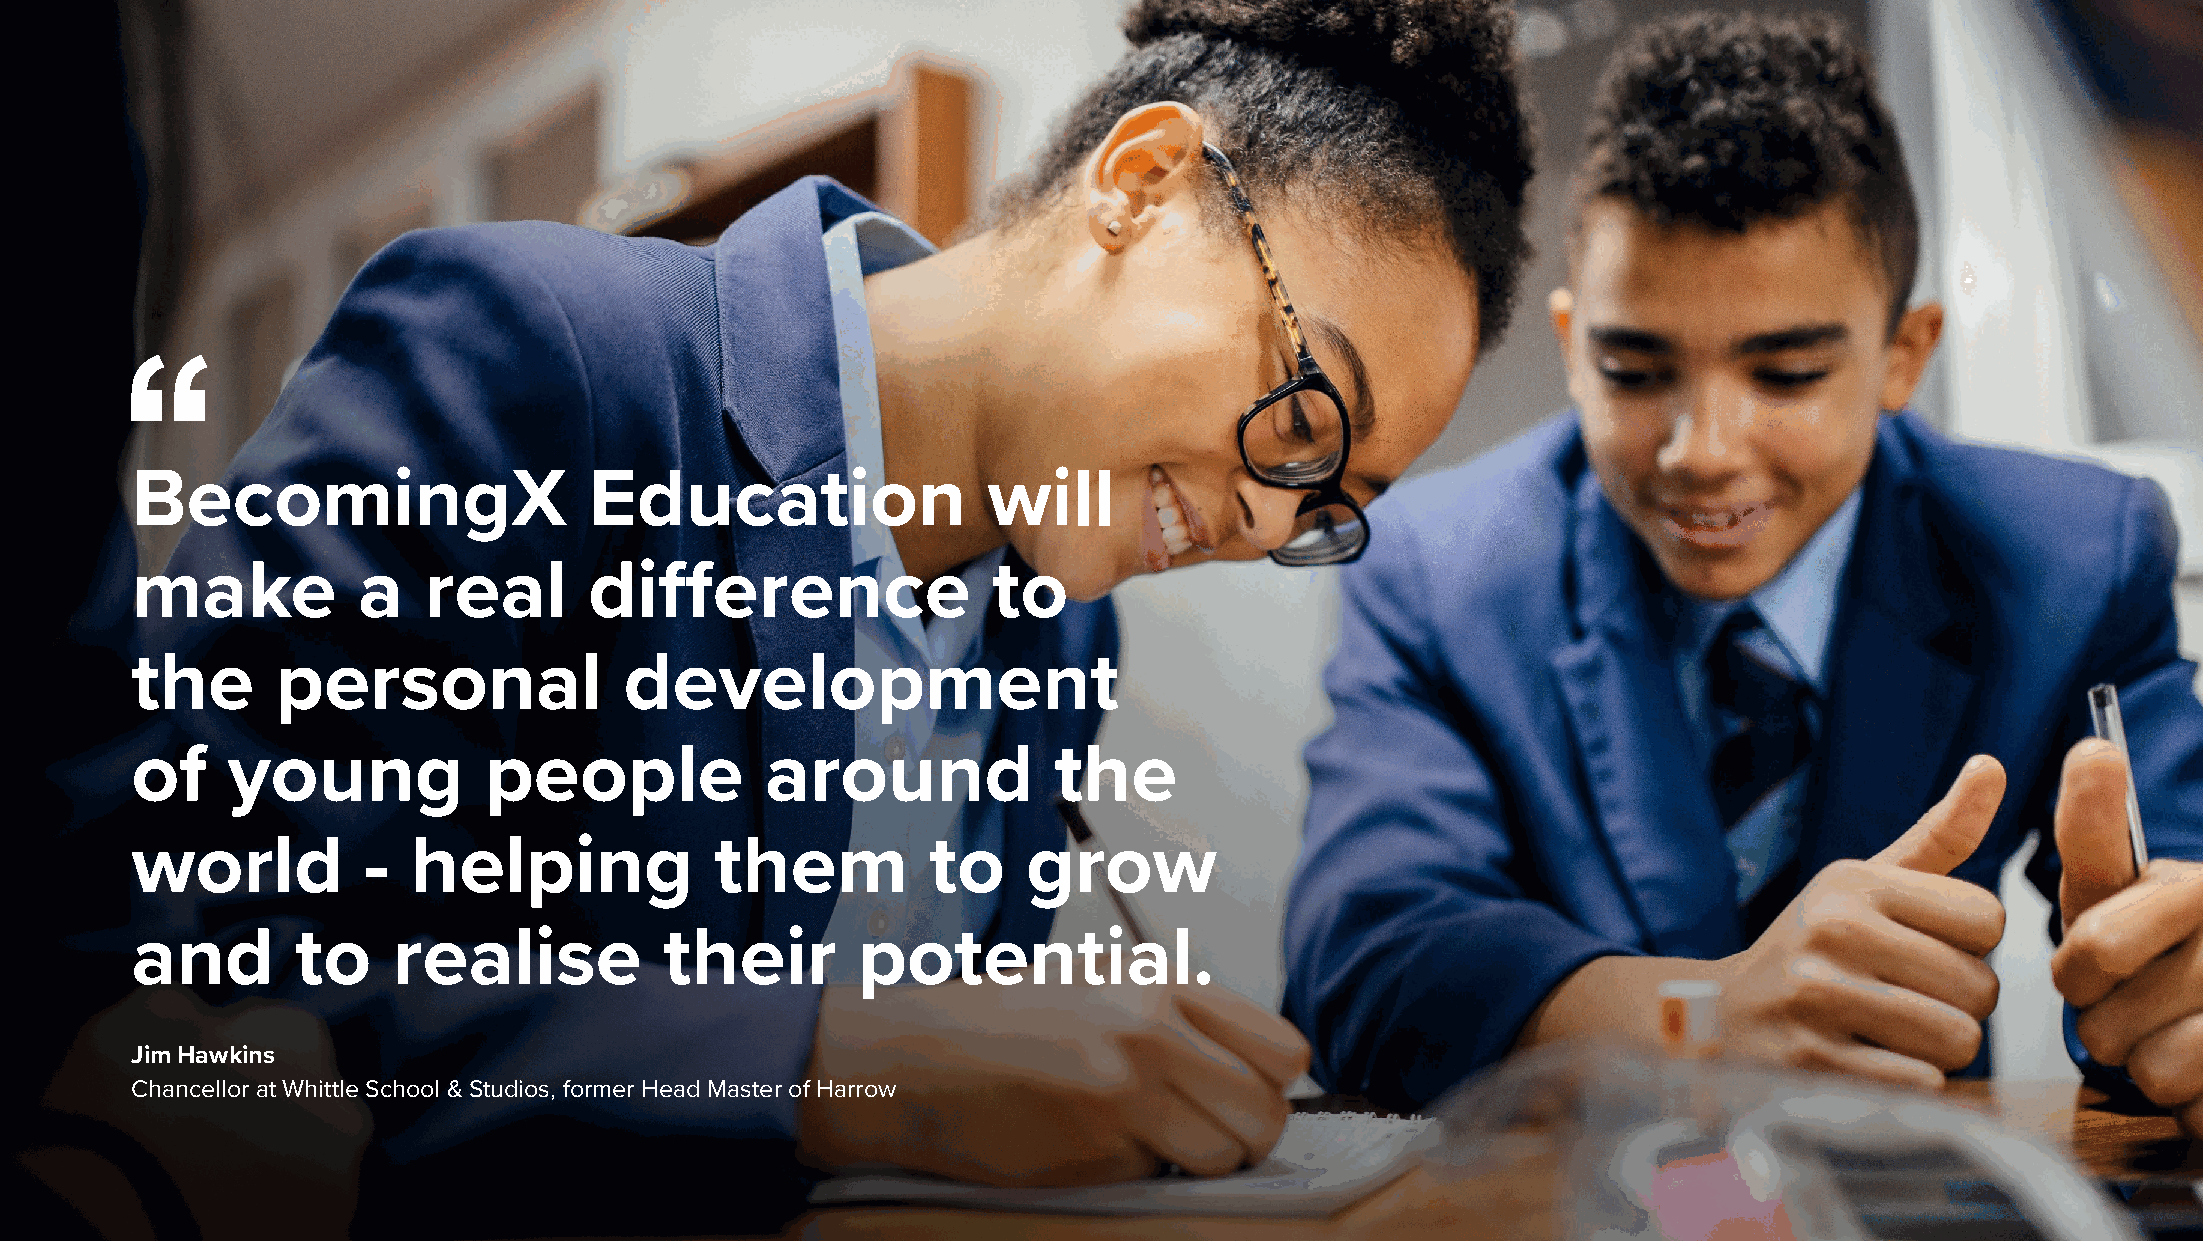
BecomingX                     Education                 will
 make           a   real       difference                 to
 the      personal               development
 of    young            people             around             the
 world          -  helping             them          to     grow
 and        to    realise           their        potential.
 Jim Hawkins
 Chancellor at Whittle School & Studios, former Head Master of Harrow
 Copyright © 2021 BecomingX. All rights reserved.                                                                              13